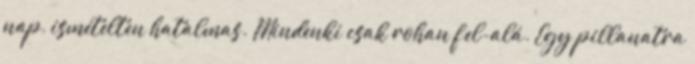
nap, ismételten hatalmas. Mindenki csak rohan fel-alá. Egy pillanatra